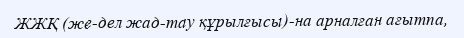
ЖЖҚ (же­дел жад­тау құрылғысы)-на арналған ағытпа,